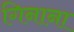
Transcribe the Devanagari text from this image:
गिनाना